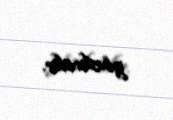
gözlənilir.